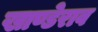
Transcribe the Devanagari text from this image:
खाण्डेराव